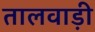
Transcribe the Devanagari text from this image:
तालवाड़ी